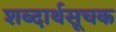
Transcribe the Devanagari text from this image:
शब्दार्थसूचक